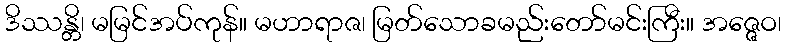
ဒိဿန္တိ၊ မမြင်အပ်ကုန်။ မဟာရာဇ၊ မြတ်သောခမည်းတော်မင်းကြီး။ အဇ္ဇေဝ၊